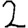
Digit: 2